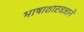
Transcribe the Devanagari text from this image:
भाषाशास्त्रज्ञानें